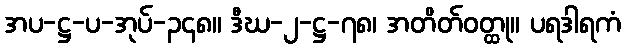
အပ-ဋ္ဌ-ပ-အုပ်-၃၄၈။ ဒီဃ-၂-ဋ္ဌ-၇၈၊ အတိတ်ဝတ္ထု။ ပရဒါရကံ